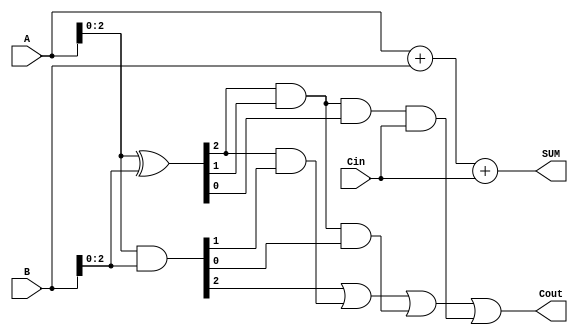
module carry_lookahead_adder (
    input [3:0] A,
    input [3:0] B,
    input Cin,
    output [3:0] SUM,
    output Cout
);

    wire [3:0] P, G;
    wire [3:0] C;

    assign P = A ^ B;
    assign G = A & B;

    assign C[0] = Cin;
    assign C[1] = G[0] | (P[0] & C[0]);
    assign C[2] = G[1] | (P[1] & G[0]) | (P[1] & P[0] & C[0]);
    assign C[3] = G[2] | (P[2] & G[1]) | (P[2] & P[1] & G[0]) | (P[2] & P[1] & P[0] & C[0]);

    assign SUM = A + B + Cin;
    assign Cout = C[3];

endmodule